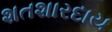
શતશારદાય